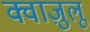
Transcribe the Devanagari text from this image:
क्वाज़ुलू